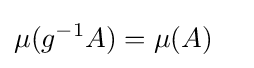
\mu (g^{-1}A)=\mu (A)\quad